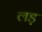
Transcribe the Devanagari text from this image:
लड़़